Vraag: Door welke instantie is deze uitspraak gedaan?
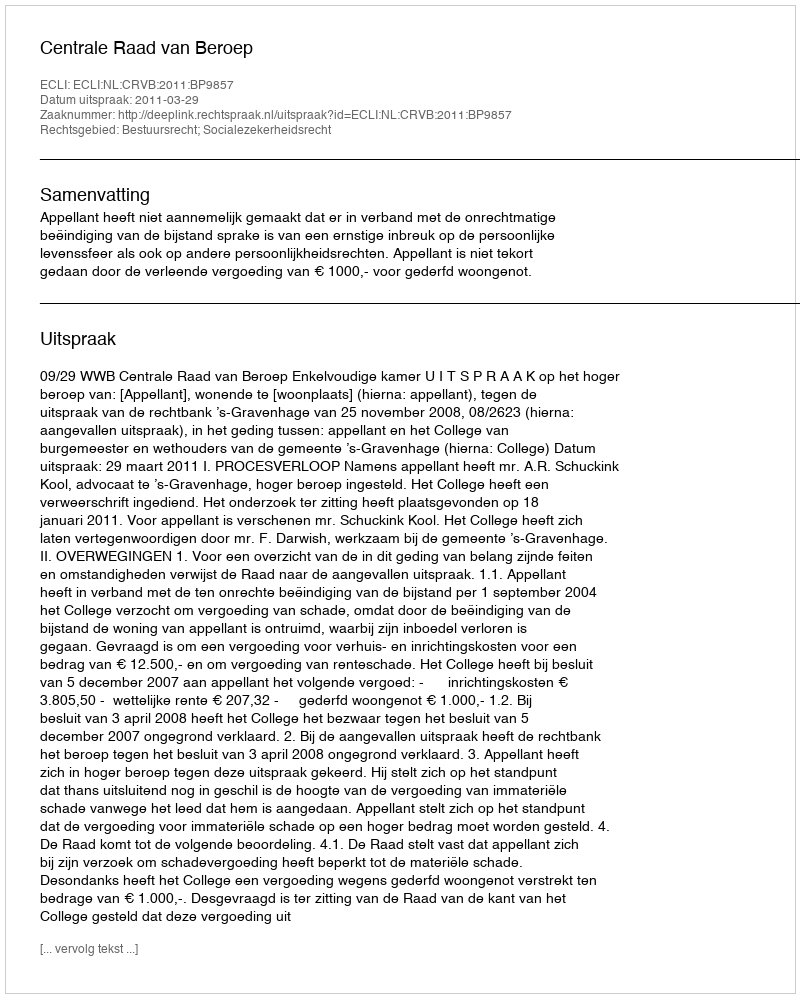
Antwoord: Centrale Raad van Beroep